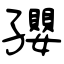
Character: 孾